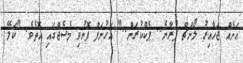
އަށެއް ޖަހާއިރު ލޯންޗް ފުރާނެ.. ޕެކްކުރަން.." އަހުނަފް ފޮނުވި މެސެޖްގައި އޮތެވެ. "ކަލޭ